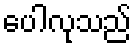
ပေါလုသည်